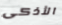
الأذكى